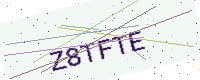
Text: Z8TFTE